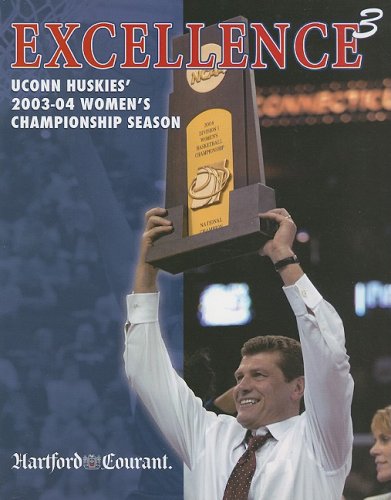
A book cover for Excellence3: UConn Huskies' 2003-04 Women's Championship Season; Hartford Courant; Sports & Outdoors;